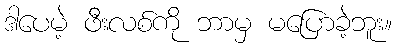
ဒါပေမဲ့ ဖီးလစ်ကို ဘာမှ မပြောခဲ့ဘူး။